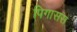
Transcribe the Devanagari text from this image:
पिगासस